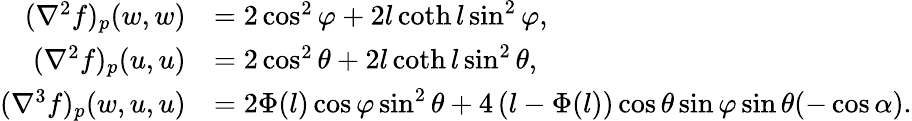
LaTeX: \begin{array}{rl}{(\nabla^{2}f)_{p}(w,w)}&{=2\cos^{2}\varphi+2l\coth l\sin^{2}\varphi,}\\ {(\nabla^{2}f)_{p}(u,u)}&{=2\cos^{2}\theta+2l\coth l\sin^{2}\theta,}\\ {(\nabla^{3}f)_{p}(w,u,u)}&{=2\Phi(l)\cos\varphi\sin^{2}\theta+4\left(l-\Phi(l)\right)\cos\theta\sin\varphi\sin\theta(-\cos\alpha).}\end{array}